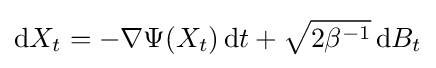
\mathrm {d} X_{t}=-\nabla \Psi (X_{t})\,\mathrm {d} t+{\sqrt {2\beta ^{-1}}}\,\mathrm {d} B_{t}